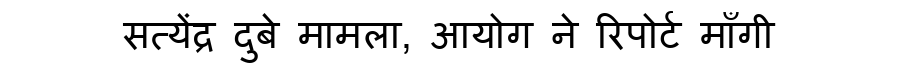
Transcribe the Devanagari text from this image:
सत्येंद्र दुबे मामला, आयोग ने रिपोर्ट माँगी